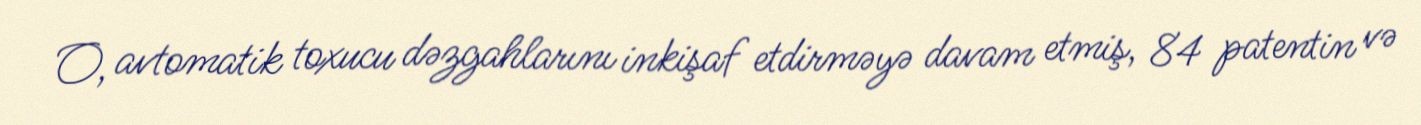
O, avtomatik toxucu dəzgahlarını inkişaf etdirməyə davam etmiş, 84 patentin və